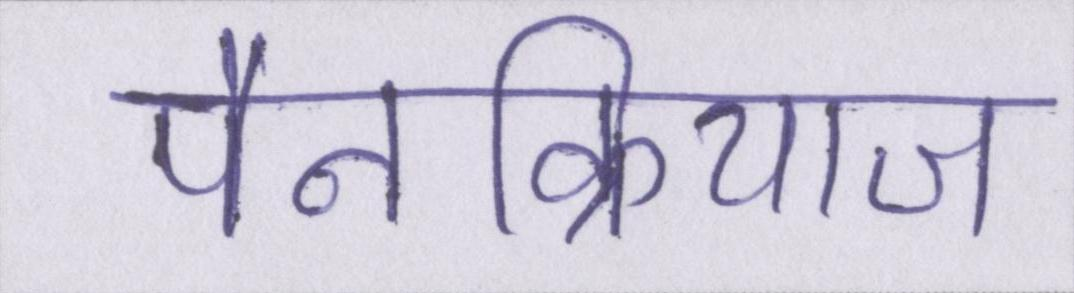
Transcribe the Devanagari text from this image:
पैनक्रियाज